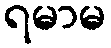
ရမာမ